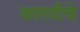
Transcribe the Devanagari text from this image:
कारवीचे